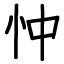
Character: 忡